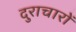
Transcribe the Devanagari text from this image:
दुराचारों